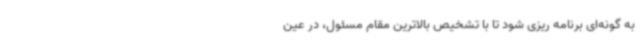
به گونه‌ای برنامه ریزی شود تا با تشخیص بالاترین مقام مسئول، در عین